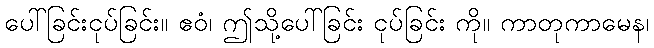
ပေါ်ခြင်းငုပ်ခြင်း။ ဧဝံ၊ ဤသို့ပေါ်ခြင်း ငုပ်ခြင်း ကို။ ကာတုကာမေန၊